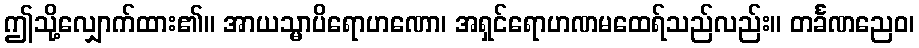
ဤသို့လျှောက်ထား၏။ အာယသ္မာပိရောဟဏော၊ အရှင်ရောဟဏမထေရ်သည်လည်း။ တင်္ခဏညေဝ၊